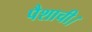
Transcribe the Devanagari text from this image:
पैशाची।